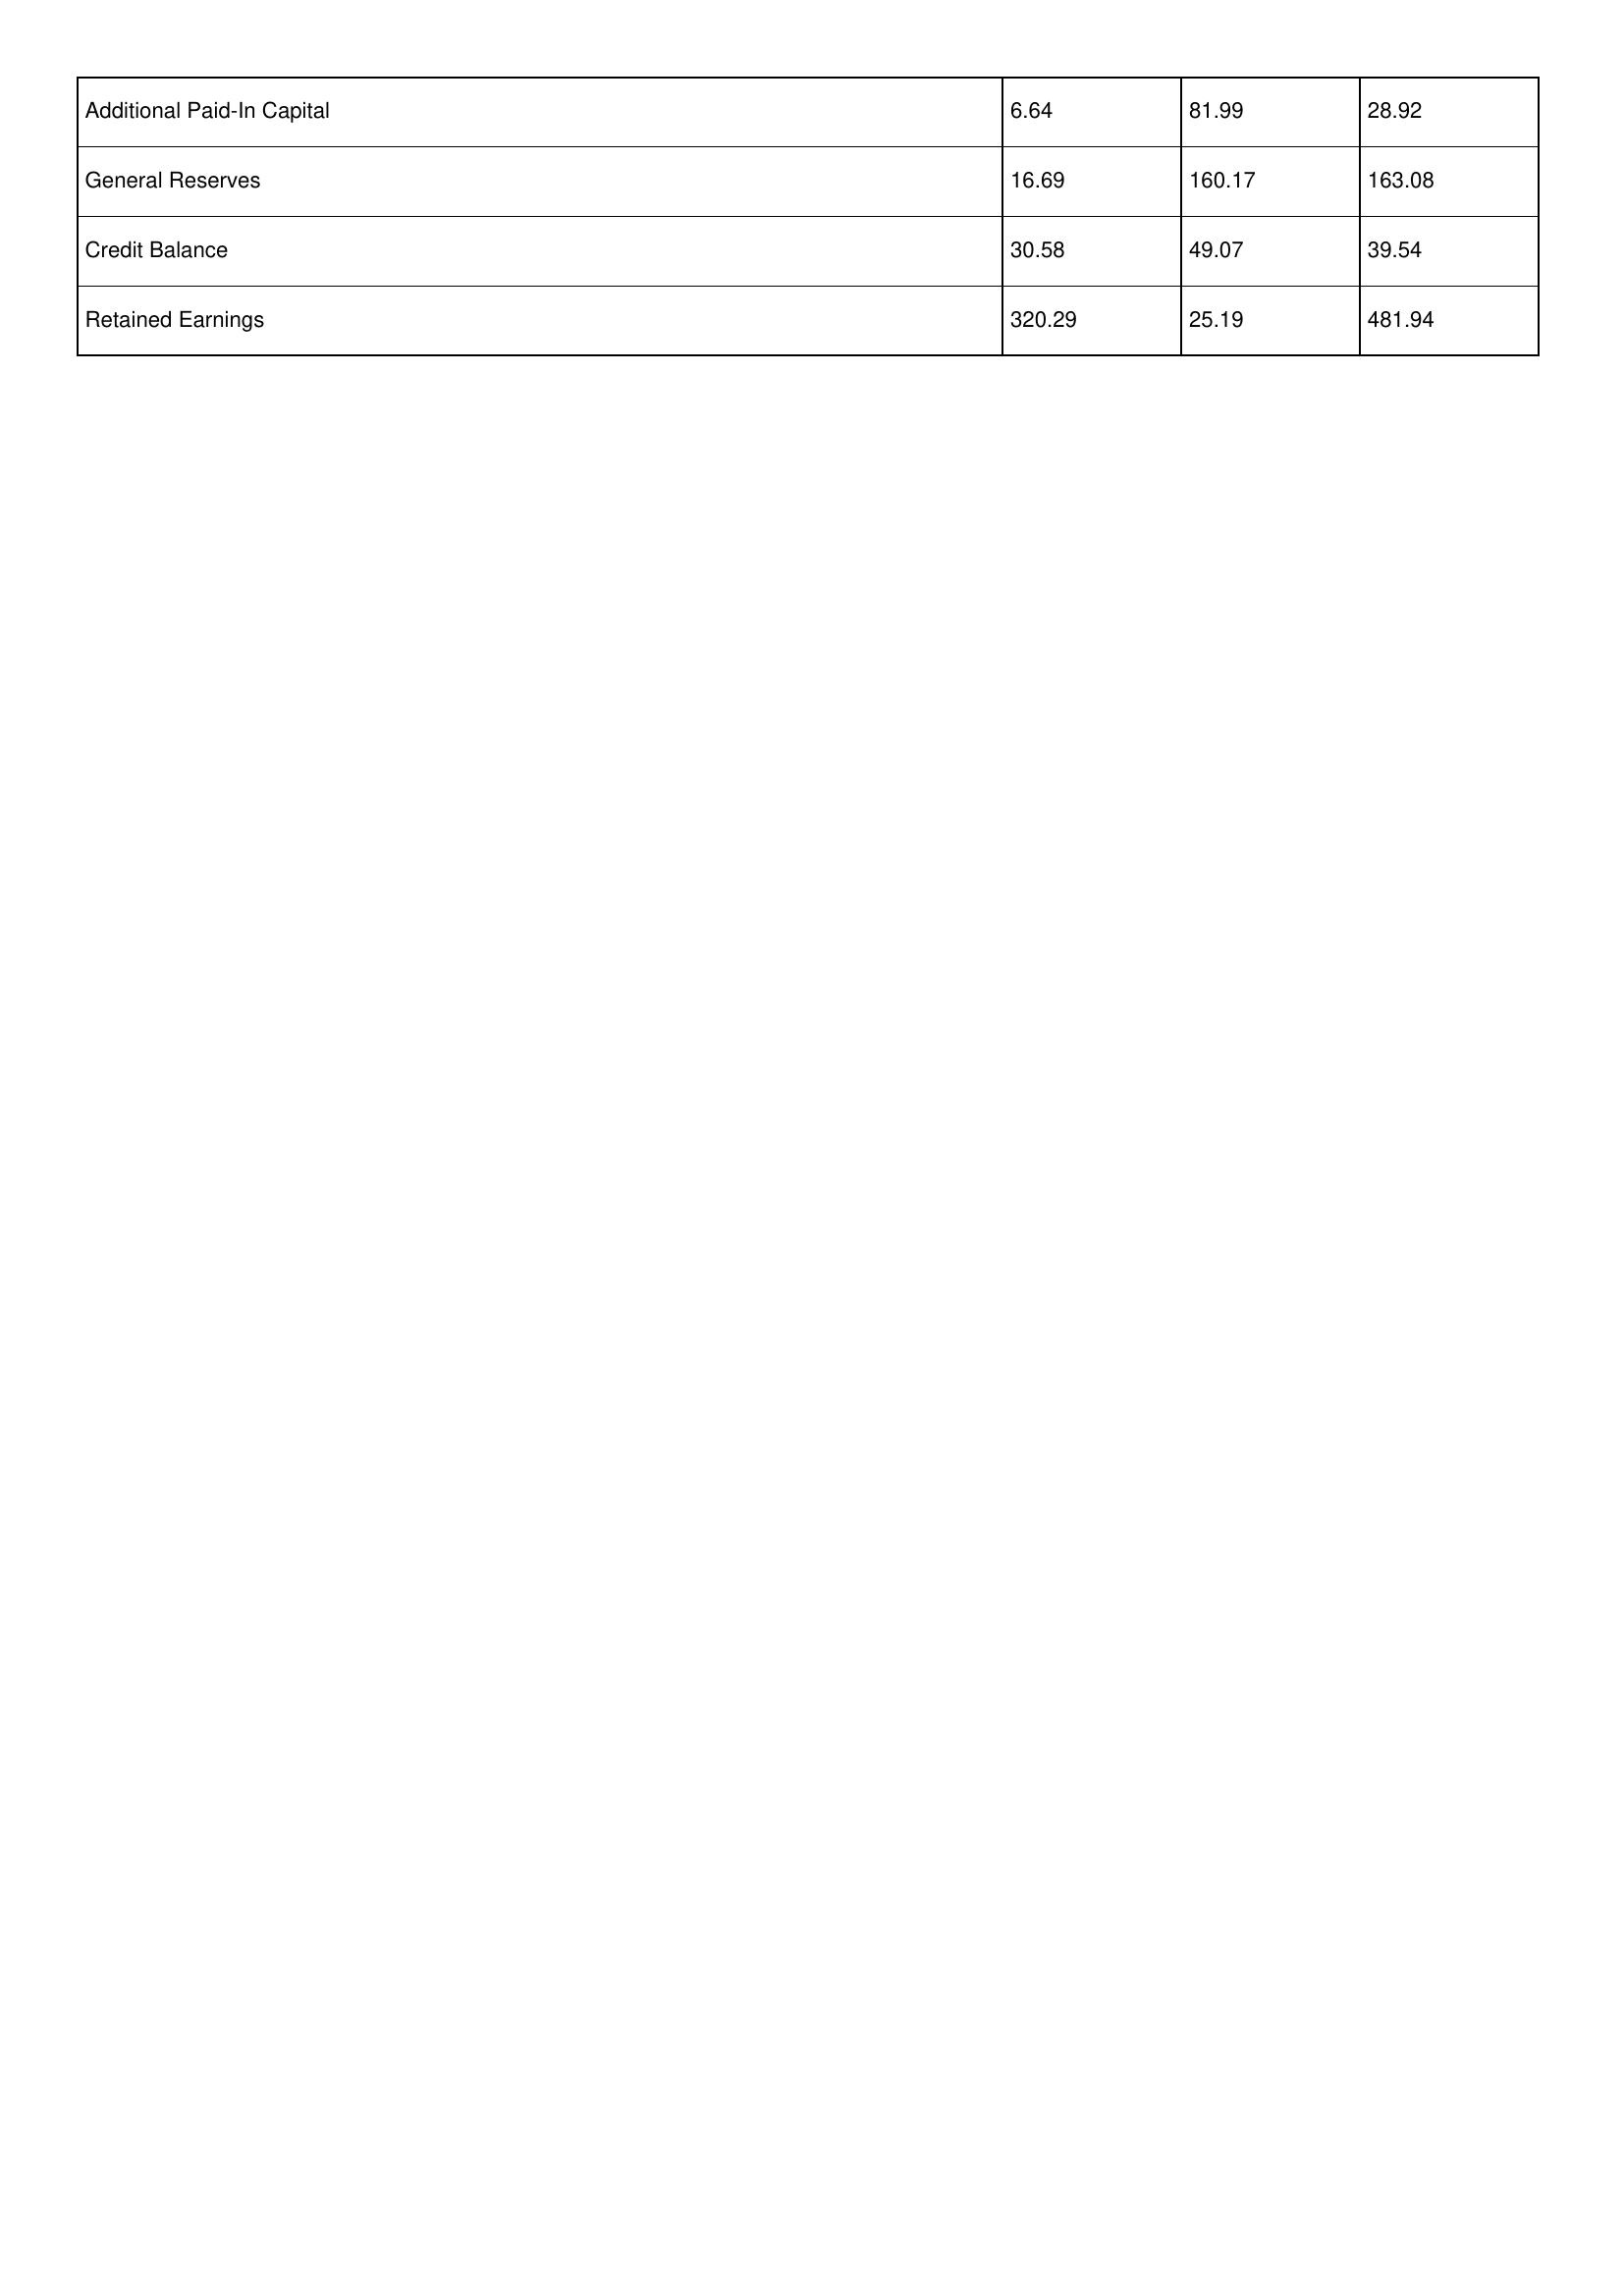
gt_parse: 2003: Additional Paid-In Capital: 6.64
General Reserves: 16.69
Credit Balance: 30.58
Retained Earnings: 320.29
2002: Additional Paid-In Capital: 81.99
General Reserves: 160.17
Credit Balance: 49.07
Retained Earnings: 25.19
2001: Additional Paid-In Capital: 28.92
General Reserves: 163.08
Credit Balance: 39.54
Retained Earnings: 481.94